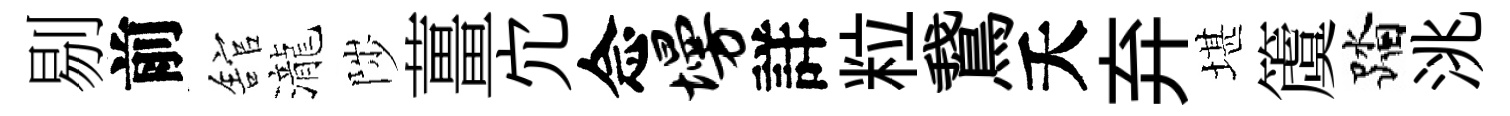
剔前舘瀧陟薑宂念墁詳粒鵞夭弃堪𥵂踏洮